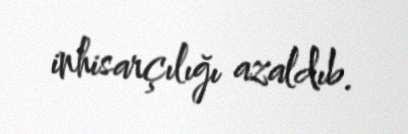
inhisarçılığı azaldıb.